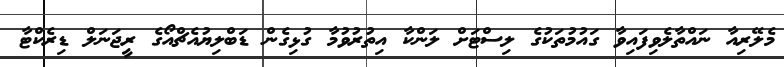
މެލޭރިއާ ނައްތާލެވިފައިވާ ގައުމުތަކުގެ ލިސްޓަށް ލަންކާ އިތުރުވުމާ ގުޅިގެން ޑަބްލިޔުއެޗްއޯގެ ރީޖަނަލް ޑިރެކްޓާ